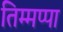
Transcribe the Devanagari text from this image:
तिम्मप्पा